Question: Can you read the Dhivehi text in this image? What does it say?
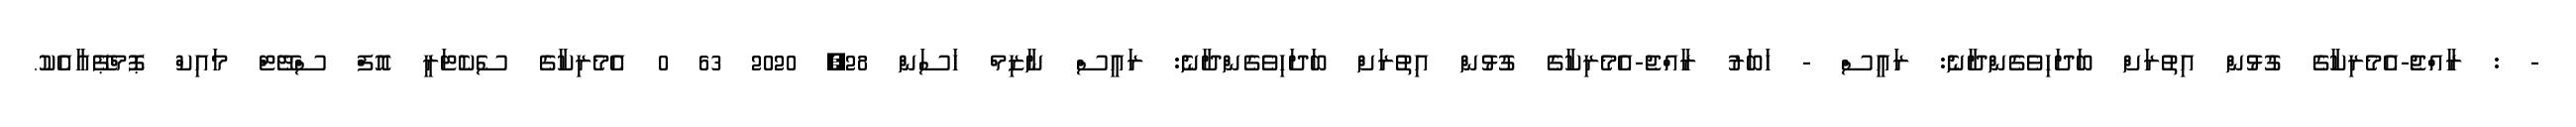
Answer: - : ރާއްޖެ-އެމެރިކާގެ ގުޅުން އިތުރަށް ބަދަހިވެގެންދާނެ: ރައީސް - ޚަބަރު ރާއްޖެ-އެމެރިކާގެ ގުޅުން އިތުރަށް ބަދަހިވެގެންދާނެ: ރައީސް ނާޒިމް ހަސަން 28, 2020 63 0 އެމެރިކާގެ ސެކެޓަރީ އޮފް ސްޓޭޓް މައިކް ޕޮމްޕޭއާއެކު.